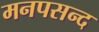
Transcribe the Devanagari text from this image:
मनपसन्द